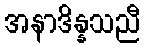
အနာဒိန္နသညီ